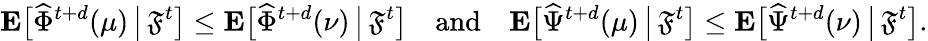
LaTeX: \mathbf{E}\big[\widehat{\Phi}^{t+d}(\mu)\, \big|\, \mathfrak{F}^{t}\big]\leq\mathbf{E}\big[\widehat{\Phi}^{t+d}(\nu)\, \big|\, \mathfrak{F}^{t}\big]\quad\mathrm{and}\quad\mathbf{E}\big[\widehat{\Psi}^{t+d}(\mu)\, \big|\, \mathfrak{F}^{t}\big]\leq\mathbf{E}\big[\widehat{\Psi}^{t+d}(\nu)\, \big|\, \mathfrak{F}^{t}\big].